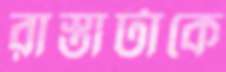
রাস্তাটাকে